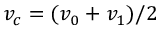
v _ { c } = ( v _ { 0 } + v _ { 1 } ) / 2